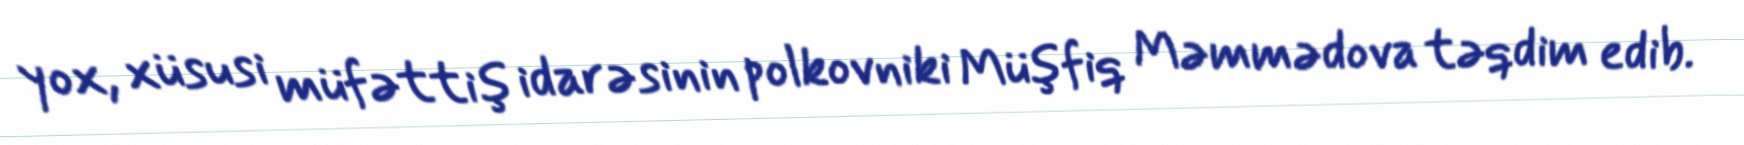
yox, xüsusi müfəttiş idarəsinin polkovniki Müşfiq Məmmədova təqdim edib.